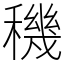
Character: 穖